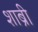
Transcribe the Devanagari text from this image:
शाब्री